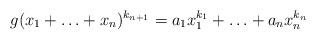
LaTeX: \begin{align*}g(x_1+ \ldots + x_n)^{k_{n+1}} =a_1x_1^{k_1}+ \ldots + a_nx_n^{k_n}\end{align*}